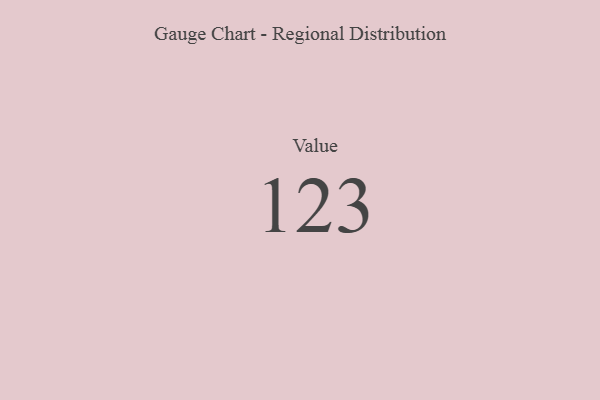
{"axis": {"x": "Metric", "y": "Value"}, "legend": [""], "data": [{"x": "Value", "y": 123, "type": ""}]}